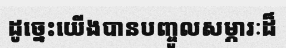
ដូច្នេះយើងបានបញ្ចូលសម្ភារៈដ៏